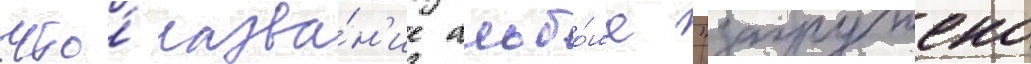
что́ назва́н'ие альбо́ма "загружено